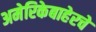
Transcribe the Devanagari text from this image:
अमेरिकेबाहेरचे